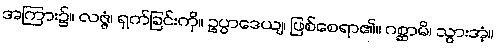
အကြား၌။ လဇ္ဇံ၊ ရှက်ခြင်းကို။ ဥပ္ပာဒေယျ၊ ဖြစ်စေရာ၏။ ဂစ္ဆာမိ၊ သွားအံ့။